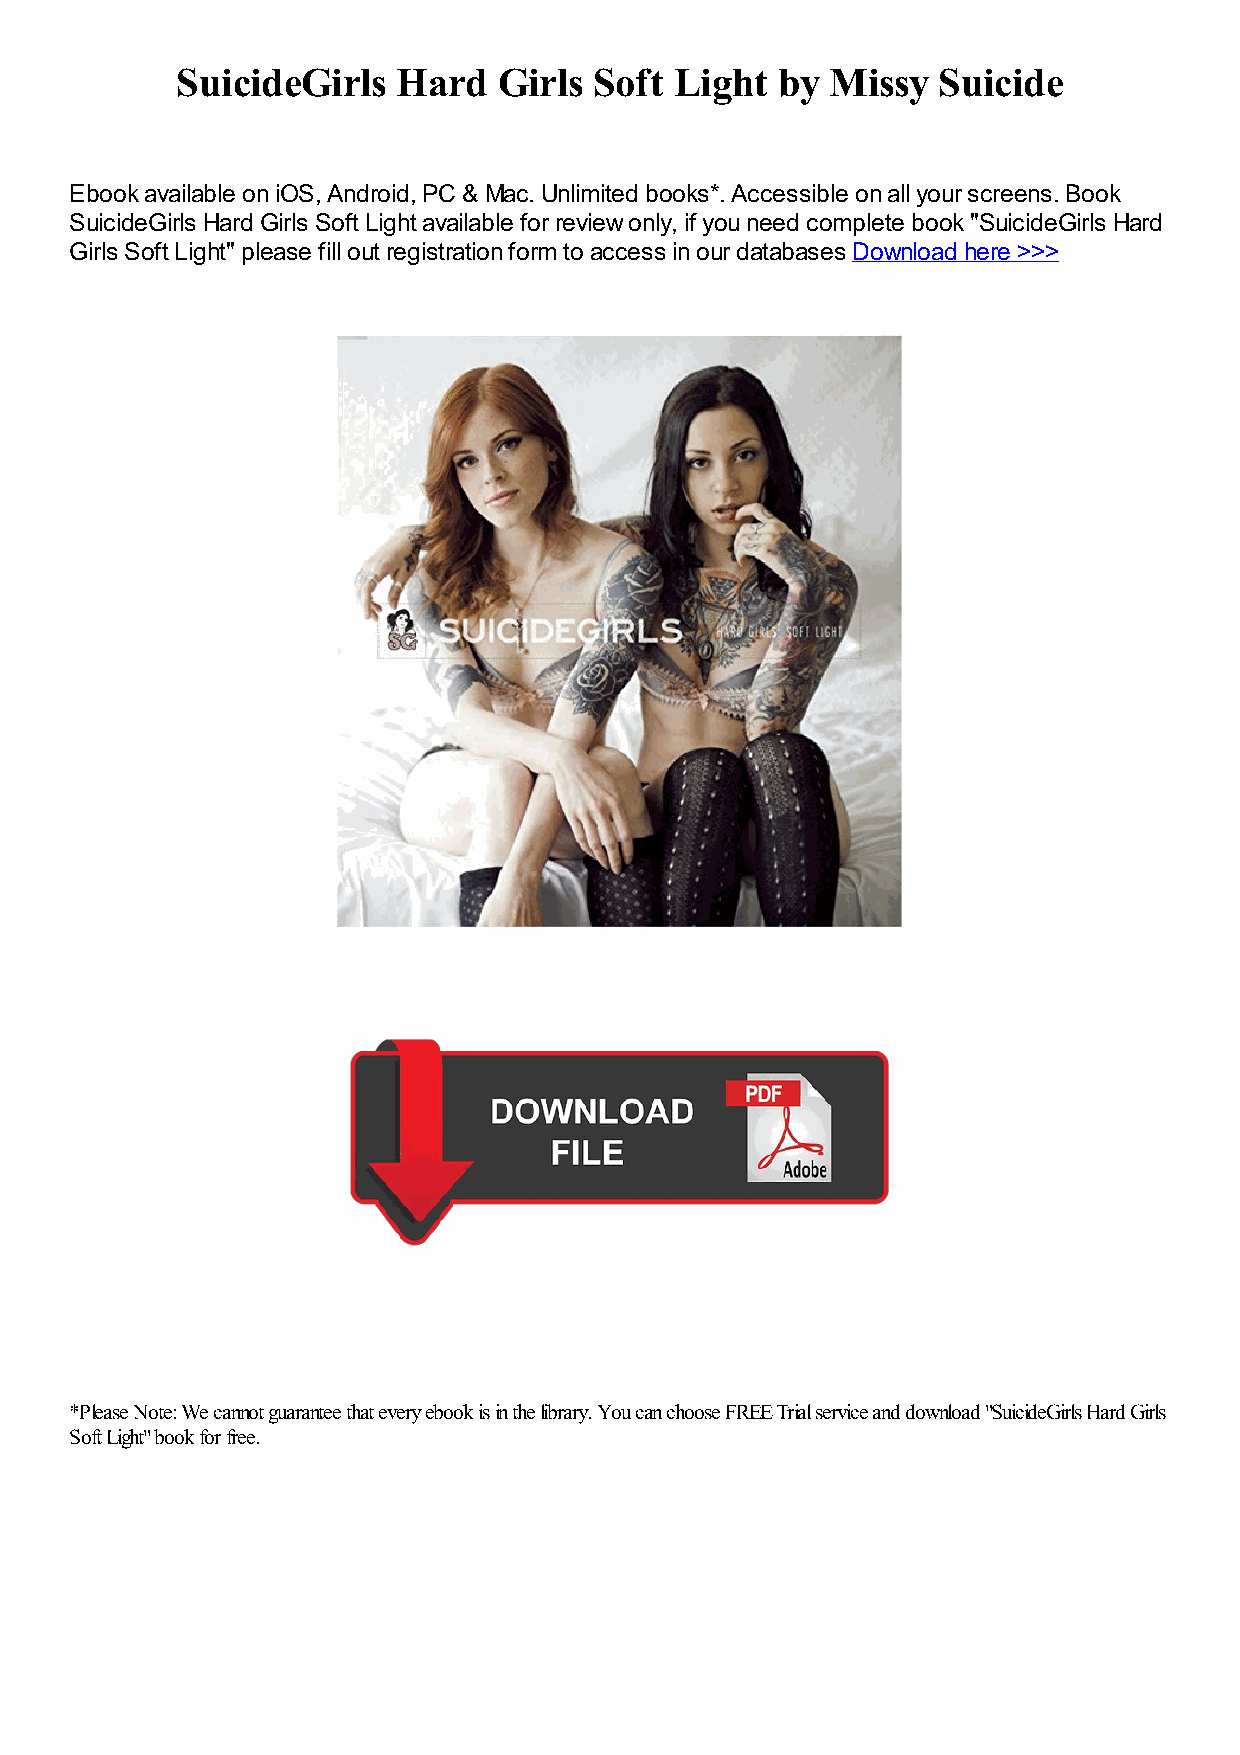
SuicideGirls  Hard   Girls Soft  Light by  Missy  Suicide
 Ebook available on iOS, Android, PC & Mac. Unlimited books*. Accessible on all your screens. Book
 SuicideGirls Hard Girls Soft Light available for review only, if you need complete book "SuicideGirls Hard
 Girls Soft Light" please fill out registration form to access in our databases Download here >>>
 *Please Note: We cannot guarantee that every ebook is in the library. You can choose FREE Trial service and download "SuicideGirls Hard Girls
 Soft Light" book for free.